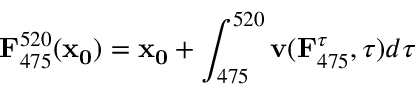
\mathbf { F } _ { 4 7 5 } ^ { 5 2 0 } ( \mathbf { x _ { 0 } } ) = \mathbf { x _ { 0 } } + \int _ { 4 7 5 } ^ { 5 2 0 } \mathbf { v } ( \mathbf { F } _ { 4 7 5 } ^ { \tau } , \tau ) d \tau